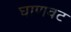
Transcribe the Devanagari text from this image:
घाणवट